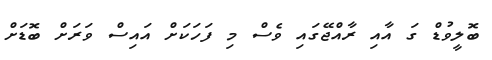
ބޮލީވުޑް ގަ އާއި ރާއްޖޭގައި ވެސް މި ފަހަކަށް އައިސް ވަރަށް ބޮޑަށް